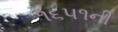
૧૬૫૧ની